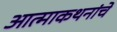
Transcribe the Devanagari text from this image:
आत्माकथनांचे